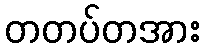
တတပ်တအား